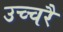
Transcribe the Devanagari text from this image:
उच्‍चरै